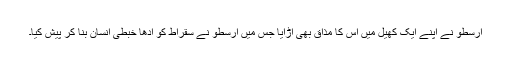
ارسطو نے اپنے ایک کھیل میں اس کا مذاق بھی اڑایا جس میں ارسطو نے سقراط کو آدھا خبطی انسان بنا کر پیش کیا۔